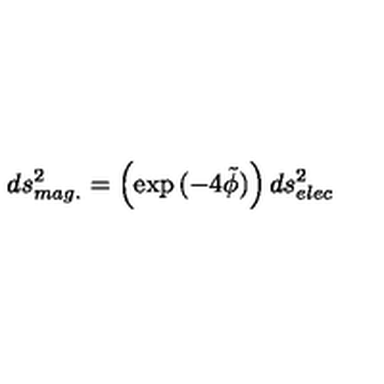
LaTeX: d s _ { m a g . } ^ { 2 } = \left( \exp { ( - 4 \tilde { \phi } ) } \right) d s _ { e l e c } ^ { 2 }